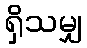
ရှိသမျှ